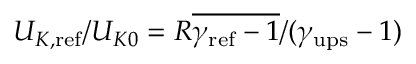
U _ { K , \mathrm { { r e f } } } / U _ { K 0 } = R \overline { { \gamma _ { \mathrm { r e f } } - 1 } } / ( \gamma _ { \mathrm { { u p s } } } - 1 )